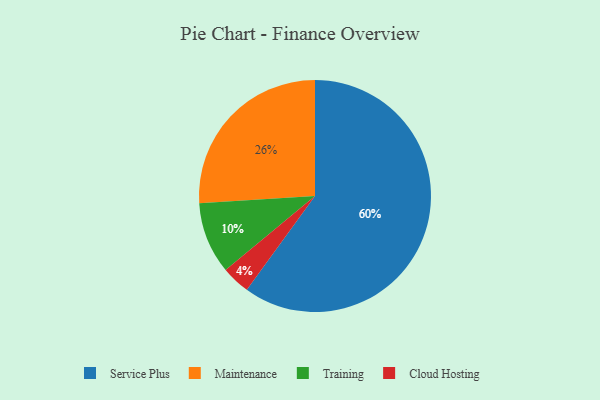
{"axis": {"x": "Category", "y": "Percentage"}, "legend": ["Cloud Hosting", "Maintenance", "Service Plus", "Training"], "data": [{"x": "Maintenance", "y": 26, "type": "Maintenance"}, {"x": "Service Plus", "y": 60, "type": "Service Plus"}, {"x": "Cloud Hosting", "y": 4, "type": "Cloud Hosting"}, {"x": "Training", "y": 10, "type": "Training"}]}